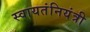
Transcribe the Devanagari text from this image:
स्वायतंनियंत्री